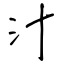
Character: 汁